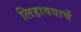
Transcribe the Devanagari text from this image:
लिहावयाचें